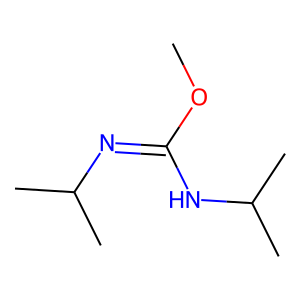
SMILES: COC(=NC(C)C)NC(C)C
Inhibits HIV replication: No